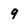
Character: 9